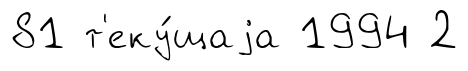
81 т'еку́щаjа 1994 2